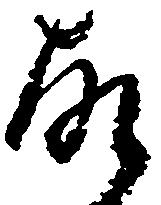
故